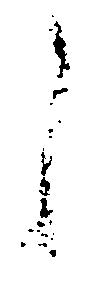
之